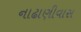
નાઢાણીવાસ